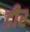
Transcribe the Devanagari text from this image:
डीर